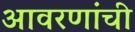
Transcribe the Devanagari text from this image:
आवरणांची